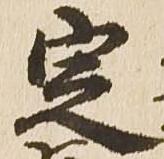
定